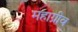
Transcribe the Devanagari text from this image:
महाग्रीव